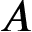
A